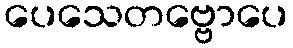
ပေသေတဗ္ဗောပေ